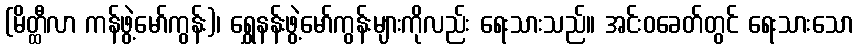
(မိတ္ထီလာ ကန်ဖွဲ့မော်ကွန်း)၊ ရွှေနန်းဖွဲ့မော်ကွန်းများကိုလည်း ရေးသားသည်။ အင်းဝခေတ်တွင် ရေးသားသော